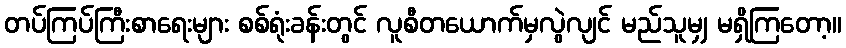
တပ်ကြပ်ကြီးစာရေးများ စစ်ရုံးခန်းတွင် လူစီတယောက်မှလွဲလျင် မည်သူမျှ မရှိကြတော့။